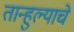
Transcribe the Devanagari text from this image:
तान्हुल्याचे